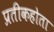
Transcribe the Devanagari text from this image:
प्रतीकहोता